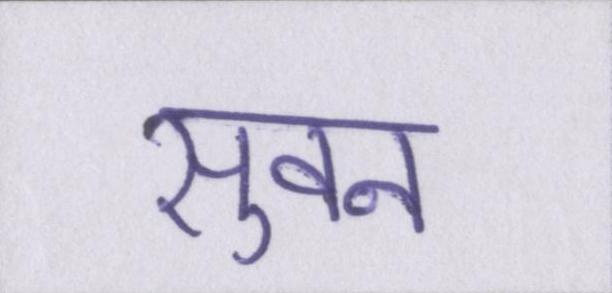
सुवन